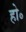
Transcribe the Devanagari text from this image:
हो॰